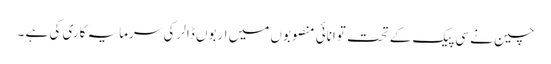
چین نے سی پیک کے تحت توانائی منصوبوں میں اربوں ڈالر کی سرمایہ کاری کی ہے ۔